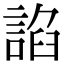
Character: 諂